Indian journal of veterinary science and animal husbandry - Volume 8,
Year: 1938
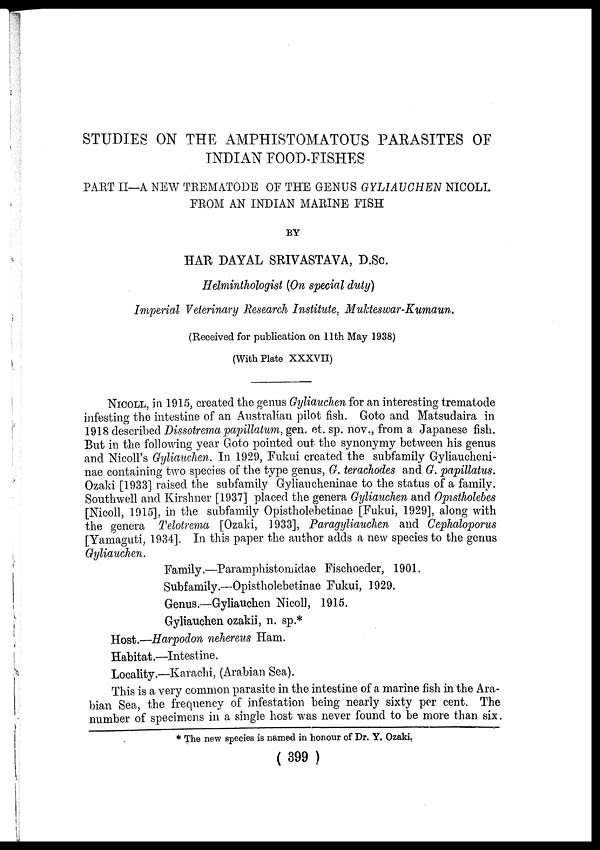
STUDIES ON THE AMPHISTOMATOUS PARASITES OF
INDIAN FOOD-FISHES
PART II—A NEW TREMATODE OF THE GENUS GYLIAUCHEN NICOLL
FROM AN INDIAN MARINE FISH
BY
HAR DAYAL SRIVASTAVA, D.Sc.
Helminthologist (On special duty)
Imperial Veterinary Research Institute, Mukteswar-Kumaun.
(Received for publication on 11th May 1938)
(With Plate XXXVII)
NICOLL, in 1915, created the genus Gyliauchen for an interesting trematode
infesting the intestine of an Australian pilot fish. Goto and Matsudaira in
1918 described Dissotrema papillatum, gen. et. sp. nov., from a Japanese fish.
But in the following year Goto pointed out the synonymy between his genus
and Nicoll's Gyliauchen. In 1929, Fukui created the subfamily Gyliaucheni-
nae containing two species of the type genus, G. terachodes and G. papillatus.
Ozaki [1933] raised the subfamily Gyliaucheninae to the status of a family.
Southwell and Kirshner [1937] placed the genera Gyliauchen and Opistholebes
[Nicoll, 1915], in the subfamily Opistholebetinae [Fukui, 1929], along with
the genera Telotrema [Ozaki, 1933], Paragyliauchen and Cephaloporus
[Yamaguti, 1934]. In this paper the author adds a new species to the genus
Gyliauchen.
Family.—Paramphistomidae Fischoeder, 1901.
Subfamily.—Opistholebetinae Fukui, 1929.
Genus.—Gyliauchen Nicoll, 1915.
Gyliauchen ozakii, n. sp.*
Host.—Harpodon nehereus Ham.
Habitat.—Intestine.
Locality.—Karachi, (Arabian Sea).
This is a very common parasite in the intestine of a marine fish in the Ara-
bian Sea, the frequency of infestation being nearly sixty per cent. The
number of specimens in a single host was never found to be more than six.
* The new species is named in honour of Dr. Y. Ozaki.
( 399 )